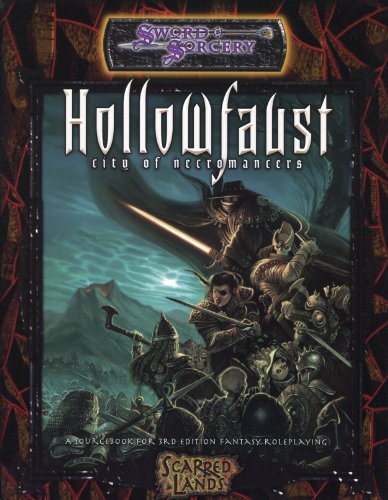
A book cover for Hollowfaust: City of Necromancers (Dungeons & Dragons d20 3.0 Fantasy Roleplaying); Ethan Skemp; Science Fiction & Fantasy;